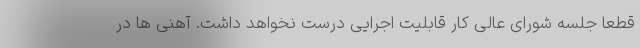
قطعا جلسه شورای عالی کار قابلیت اجرایی درست نخواهد داشت. آهنی ها در